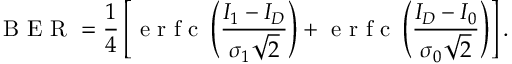
\mathrm { ~ B ~ E ~ R ~ } = \frac { 1 } { 4 } \left[ \mathrm { ~ e ~ r ~ f ~ c ~ } \left( \frac { I _ { 1 } - I _ { D } } { \sigma _ { 1 } \sqrt { 2 } } \right) + \mathrm { ~ e ~ r ~ f ~ c ~ } \left( \frac { I _ { D } - I _ { 0 } } { \sigma _ { 0 } \sqrt { 2 } } \right) \right] .